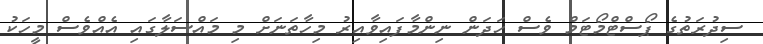
ސިދުރަތުގެ ޕޯސްޓްމޯޓަމް ވެސް ހަދަން ނިންމާފައިވާއިރު މިހާތަނަށް މި މައްސަލާގައި އެއްވެސް މީހަކު